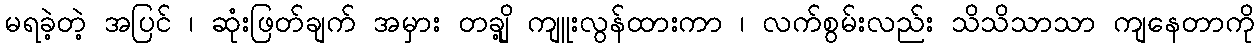
မရခဲ့တဲ့ အပြင် ၊ ဆုံးဖြတ်ချက် အမှား တချို့ ကျူးလွန်ထားကာ ၊ လက်စွမ်းလည်း သိသိသာသာ ကျနေတာကို